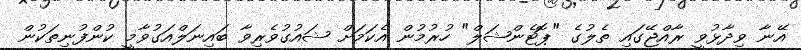
އޭނާ ވިދާޅުވީ ރާއްޖޭގައި ތެލުގެ "ޕޮޓެންޝަލް" ހުރުމުން އެކަމަށް ޝައުގުވެރިވާ ބައިނަލްއަގުވާމީ ކުންފުނިތަކުން